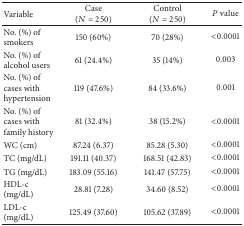
<table><thead><tr><td><b>Variable</b></td><td><b>Case (<i>N</i> = 250)</b></td><td><b>Control (<i>N</i> = 250)</b></td><td><b><i>P</i> value </b></td></tr></thead><tbody><tr><td>No. (%) of smokers</td><td>150 (60%)</td><td>70 (28%)</td><td>&lt;0.0001</td></tr><tr><td>No. (%) of alcohol users</td><td>61 (24.4%)</td><td>35 (14%)</td><td>0.003</td></tr><tr><td>No. (%) of cases with hypertension</td><td>119 (47.6%)</td><td>84 (33.6%)</td><td>0.001</td></tr><tr><td>No. (%) of cases with family history</td><td>81 (32.4%)</td><td>38 (15.2%)</td><td>&lt;0.0001</td></tr><tr><td>WC (cm)</td><td>87.24 (6.37)</td><td>85.28 (5.30)</td><td>&lt;0.0001</td></tr><tr><td>TC (mg/dL)</td><td>191.11 (40.37)</td><td>168.51 (42.83)</td><td>&lt;0.0001</td></tr><tr><td>TG (mg/dL)</td><td>183.09 (55.16)</td><td>141.47 (57.75)</td><td>&lt;0.0001</td></tr><tr><td>HDL-c (mg/dL)</td><td>28.81 (7.28)</td><td>34.60 (8.52)</td><td>&lt;0.0001</td></tr><tr><td>LDL-c (mg/dL)</td><td>125.49 (37.60)</td><td>105.62 (37.89)</td><td>&lt;0.0001</td></tr></tbody></table>